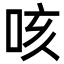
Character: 咳